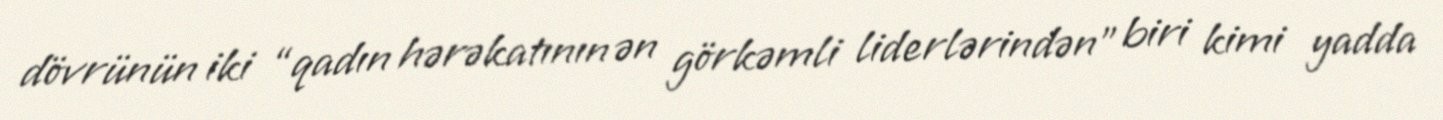
dövrünün iki “qadın hərəkatının ən görkəmli liderlərindən” biri kimi yadda